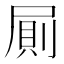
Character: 𭕤